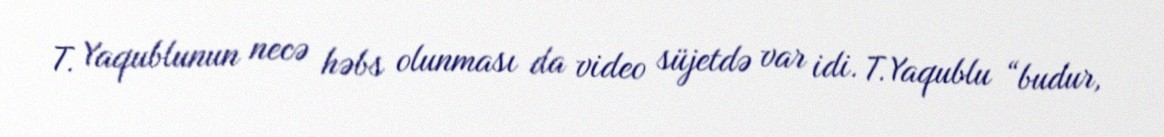
T. Yaqublunun necə həbs olunması da video süjetdə var idi. T.Yaqublu “budur,